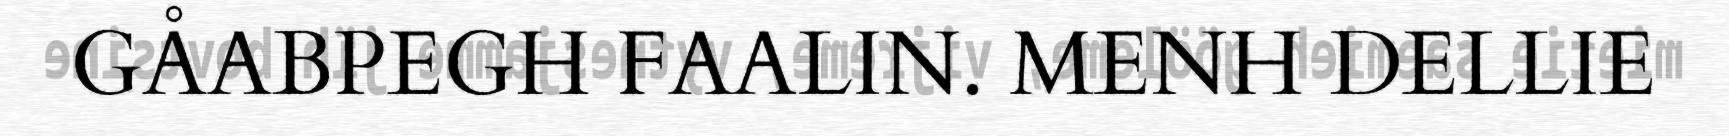
GÅABPEGH FAALIN. MENH DELLIE